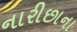
નારીછાના